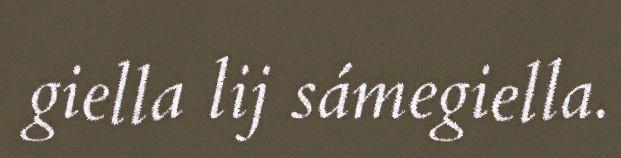
giella lij sámegiella.